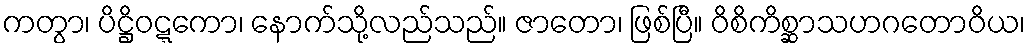
ကတွာ၊ ပိဋ္ဌိဝဋ္ဋကော၊ နောက်သို့လည်သည်။ ဇာတော၊ ဖြစ်ပြီ။ ဝိစိကိစ္ဆာသဟဂတောဝိယ၊